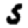
Digit: 5